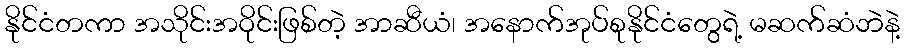
နိုင်ငံတကာ အသိုင်းအဝိုင်းဖြစ်တဲ့ အာဆီယံ၊ အနောက်အုပ်စုနိုင်ငံတွေရဲ့ မဆက်ဆံဘဲနဲ့